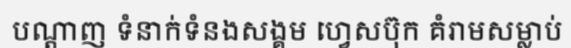
បណ្តាញ ទំនាក់ទំនងសង្គម ហ្វេសប៊ុក គំរាមសម្លាប់